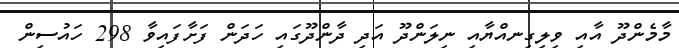
މާމެންދޫ އާއި ވިލިގިނއްޔާއި ނިލަންދޫ އަދި ދާންދޫގައި ހަދަން ފަށާފައިވާ 298 ހައުސިން